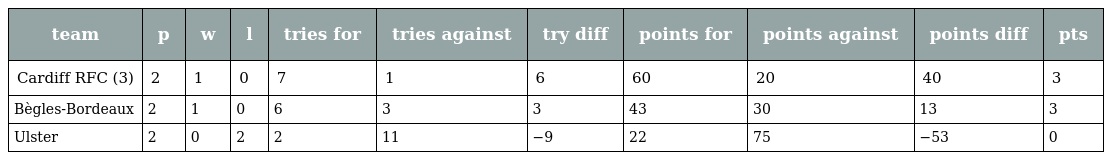
| team | p | w | l | tries for | tries against | try diff | points for | points against | points diff | pts |
 | --- | --- | --- | --- | --- | --- | --- | --- | --- | --- | --- |
 | Cardiff RFC (3) | 2 | 1 | 0 | 7 | 1 | 6 | 60 | 20 | 40 | 3 |
 | Bègles-Bordeaux | 2 | 1 | 0 | 6 | 3 | 3 | 43 | 30 | 13 | 3 |
 | Ulster | 2 | 0 | 2 | 2 | 11 | −9 | 22 | 75 | −53 | 0 |